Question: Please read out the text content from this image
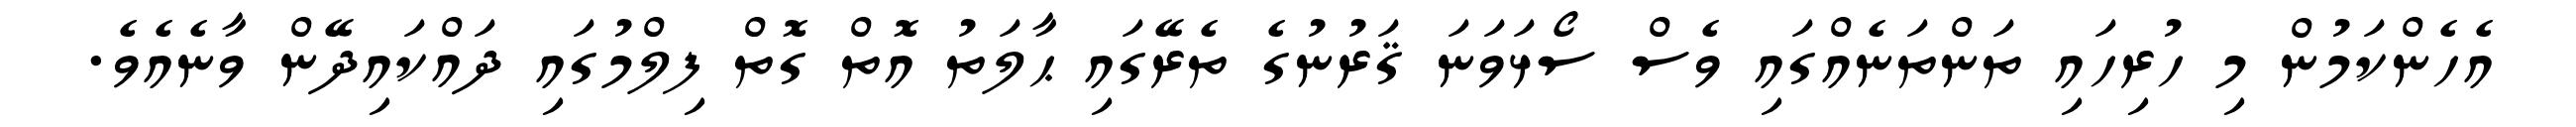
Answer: އެހެންކަމުން މި ހުރިހައި ތަންތަނެއްގައި ވެސް ސޯޅަވަނަ ޤަރުނުގެ ތެރޭގައި ޙާލަތު އޮތް ގޮތް ފިލްމުގައި ދައްކައިދޭން ވާނެއެވެ.